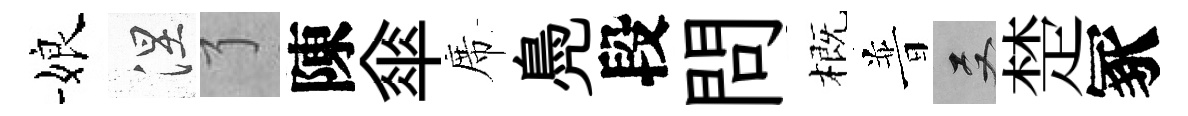
娘涅了陳傘席鳧段問概普双楚冢